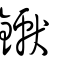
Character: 钀